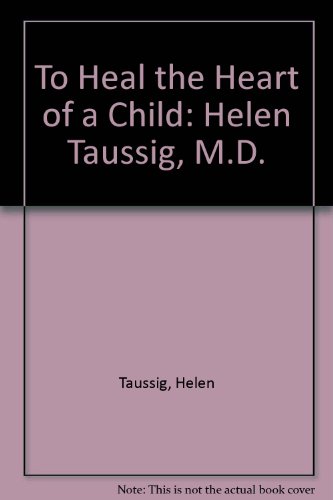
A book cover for To Heal the Heart of a Child: Helen Taussig, M.D.; Helen Taussig; Teen & Young Adult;